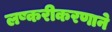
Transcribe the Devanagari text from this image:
लष्करीकरणाने